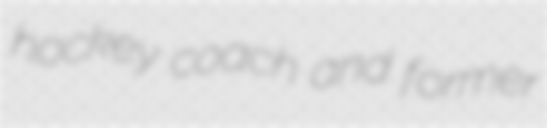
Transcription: hockey coach and former